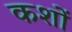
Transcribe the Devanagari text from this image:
कशों